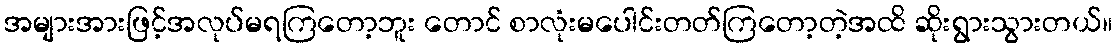
အများအားဖြင့်အလုပ်မရကြတော့ဘူး တောင် စာလုံးမပေါင်းတတ်ကြတော့တဲ့အထိ ဆိုးရွားသွားတယ်။